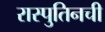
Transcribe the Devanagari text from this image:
रास्पुतिनची